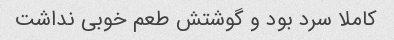
کاملا سرد بود و گوشتش طعم خوبی نداشت